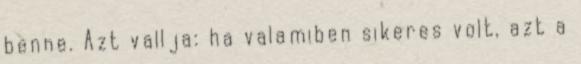
benne. Azt vallja: ha valamiben sikeres volt, azt a